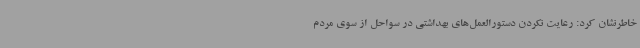
خاطرنشان کرد: رعایت نکردن دستورالعمل‌های بهداشتی در سواحل از سوی مردم